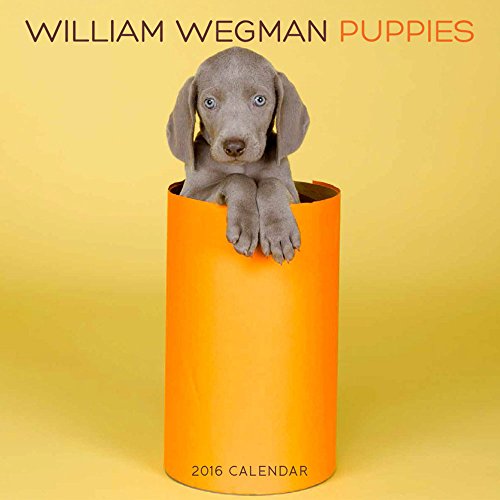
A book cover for William Wegman Puppies 2016 Wall Calendar; William Wegman; Calendars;